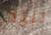
نبيذ